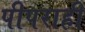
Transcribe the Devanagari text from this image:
पीपराही